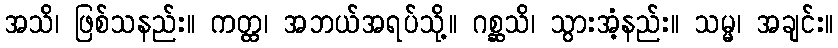
အသိ၊ ဖြစ်သနည်း။ ကတ္ထ၊ အဘယ်အရပ်သို့။ ဂစ္ဆသိ၊ သွားအံ့နည်း။ သမ္မ၊ အချင်း။